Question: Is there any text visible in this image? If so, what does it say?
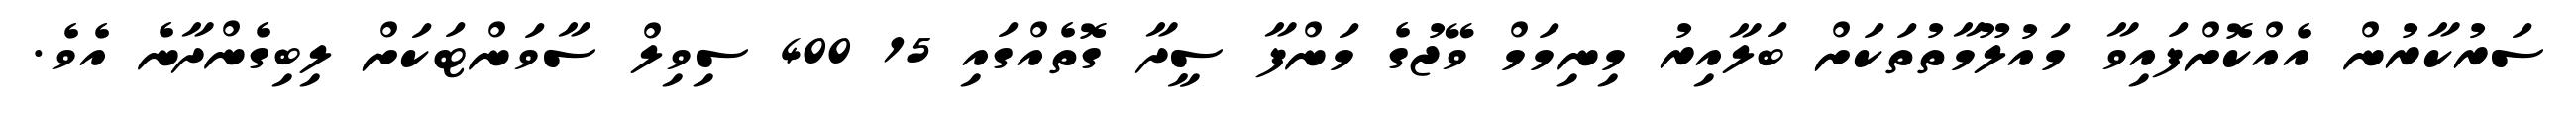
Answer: ސަރުކާރުން އެއްކޮށްފައިވާ މައުލޫމާތުތަކަށް ބަލާއިރު މިނިމަމް ވޭޖުގެ މަންފާ ސީދާ ގޮތެއްގައި 15 400 ސިވިލް ސާވަންޓަކަށް ލިބިގެންދާނެ އެވެ.